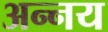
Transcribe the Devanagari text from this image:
अन्‍नय